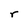
Character: r